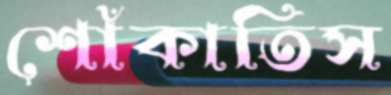
শোঁকাতিস